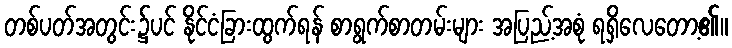
တစ်ပတ်အတွင်း၌ပင် နိုင်ငံခြားထွက်ရန် စာရွက်စာတမ်းများ အပြည့်အစုံ ရရှိလေတော့၏။